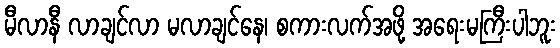
မီလာနီ လာချင်လာ မလာချင်နေ၊ စကားလက်အဖို့ အရေးမကြီးပါဘူး